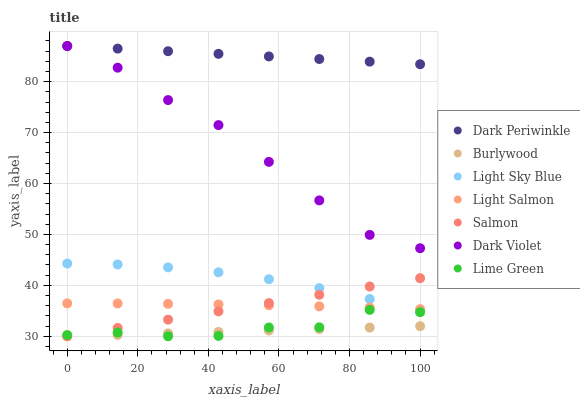
| xaxis_label | Dark Periwinkle | Burlywood | Light Sky Blue | Light Salmon | Salmon | Dark Violet | Lime Green |
 | --- | --- | --- | --- | --- | --- | --- | --- |
 | 0 | 87 | 30 | 44.3 | 36.5 | 30 | 87 | 30.2 |
 | 14.3 | 86.5 | 30.3 | 44.1 | 36.4 | 31.6 | 82.7 | 30.7 |
 | 28.6 | 86 | 30.6 | 43.5 | 36.4 | 33.3 | 76.4 | 30 |
 | 42.9 | 85.5 | 30.8 | 42.6 | 36.3 | 34.9 | 71.5 | 30.1 |
 | 57.1 | 85 | 31.1 | 41.2 | 36.1 | 36.5 | 64.2 | 31.7 |
 | 71.4 | 84.4 | 31.4 | 39.5 | 35.9 | 38.1 | 56.7 | 31.8 |
 | 85.7 | 83.9 | 31.7 | 37.3 | 35.6 | 39.8 | 49.9 | 35.2 |
 | 100 | 83.4 | 32 | 34.8 | 35.3 | 41.4 | 47.3 | 34.7 |